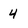
Character: 4